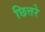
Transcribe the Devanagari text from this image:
छित्तरे